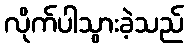
လိုက်ပါသွားခဲ့သည်